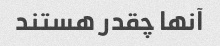
آنها چقدر هستند